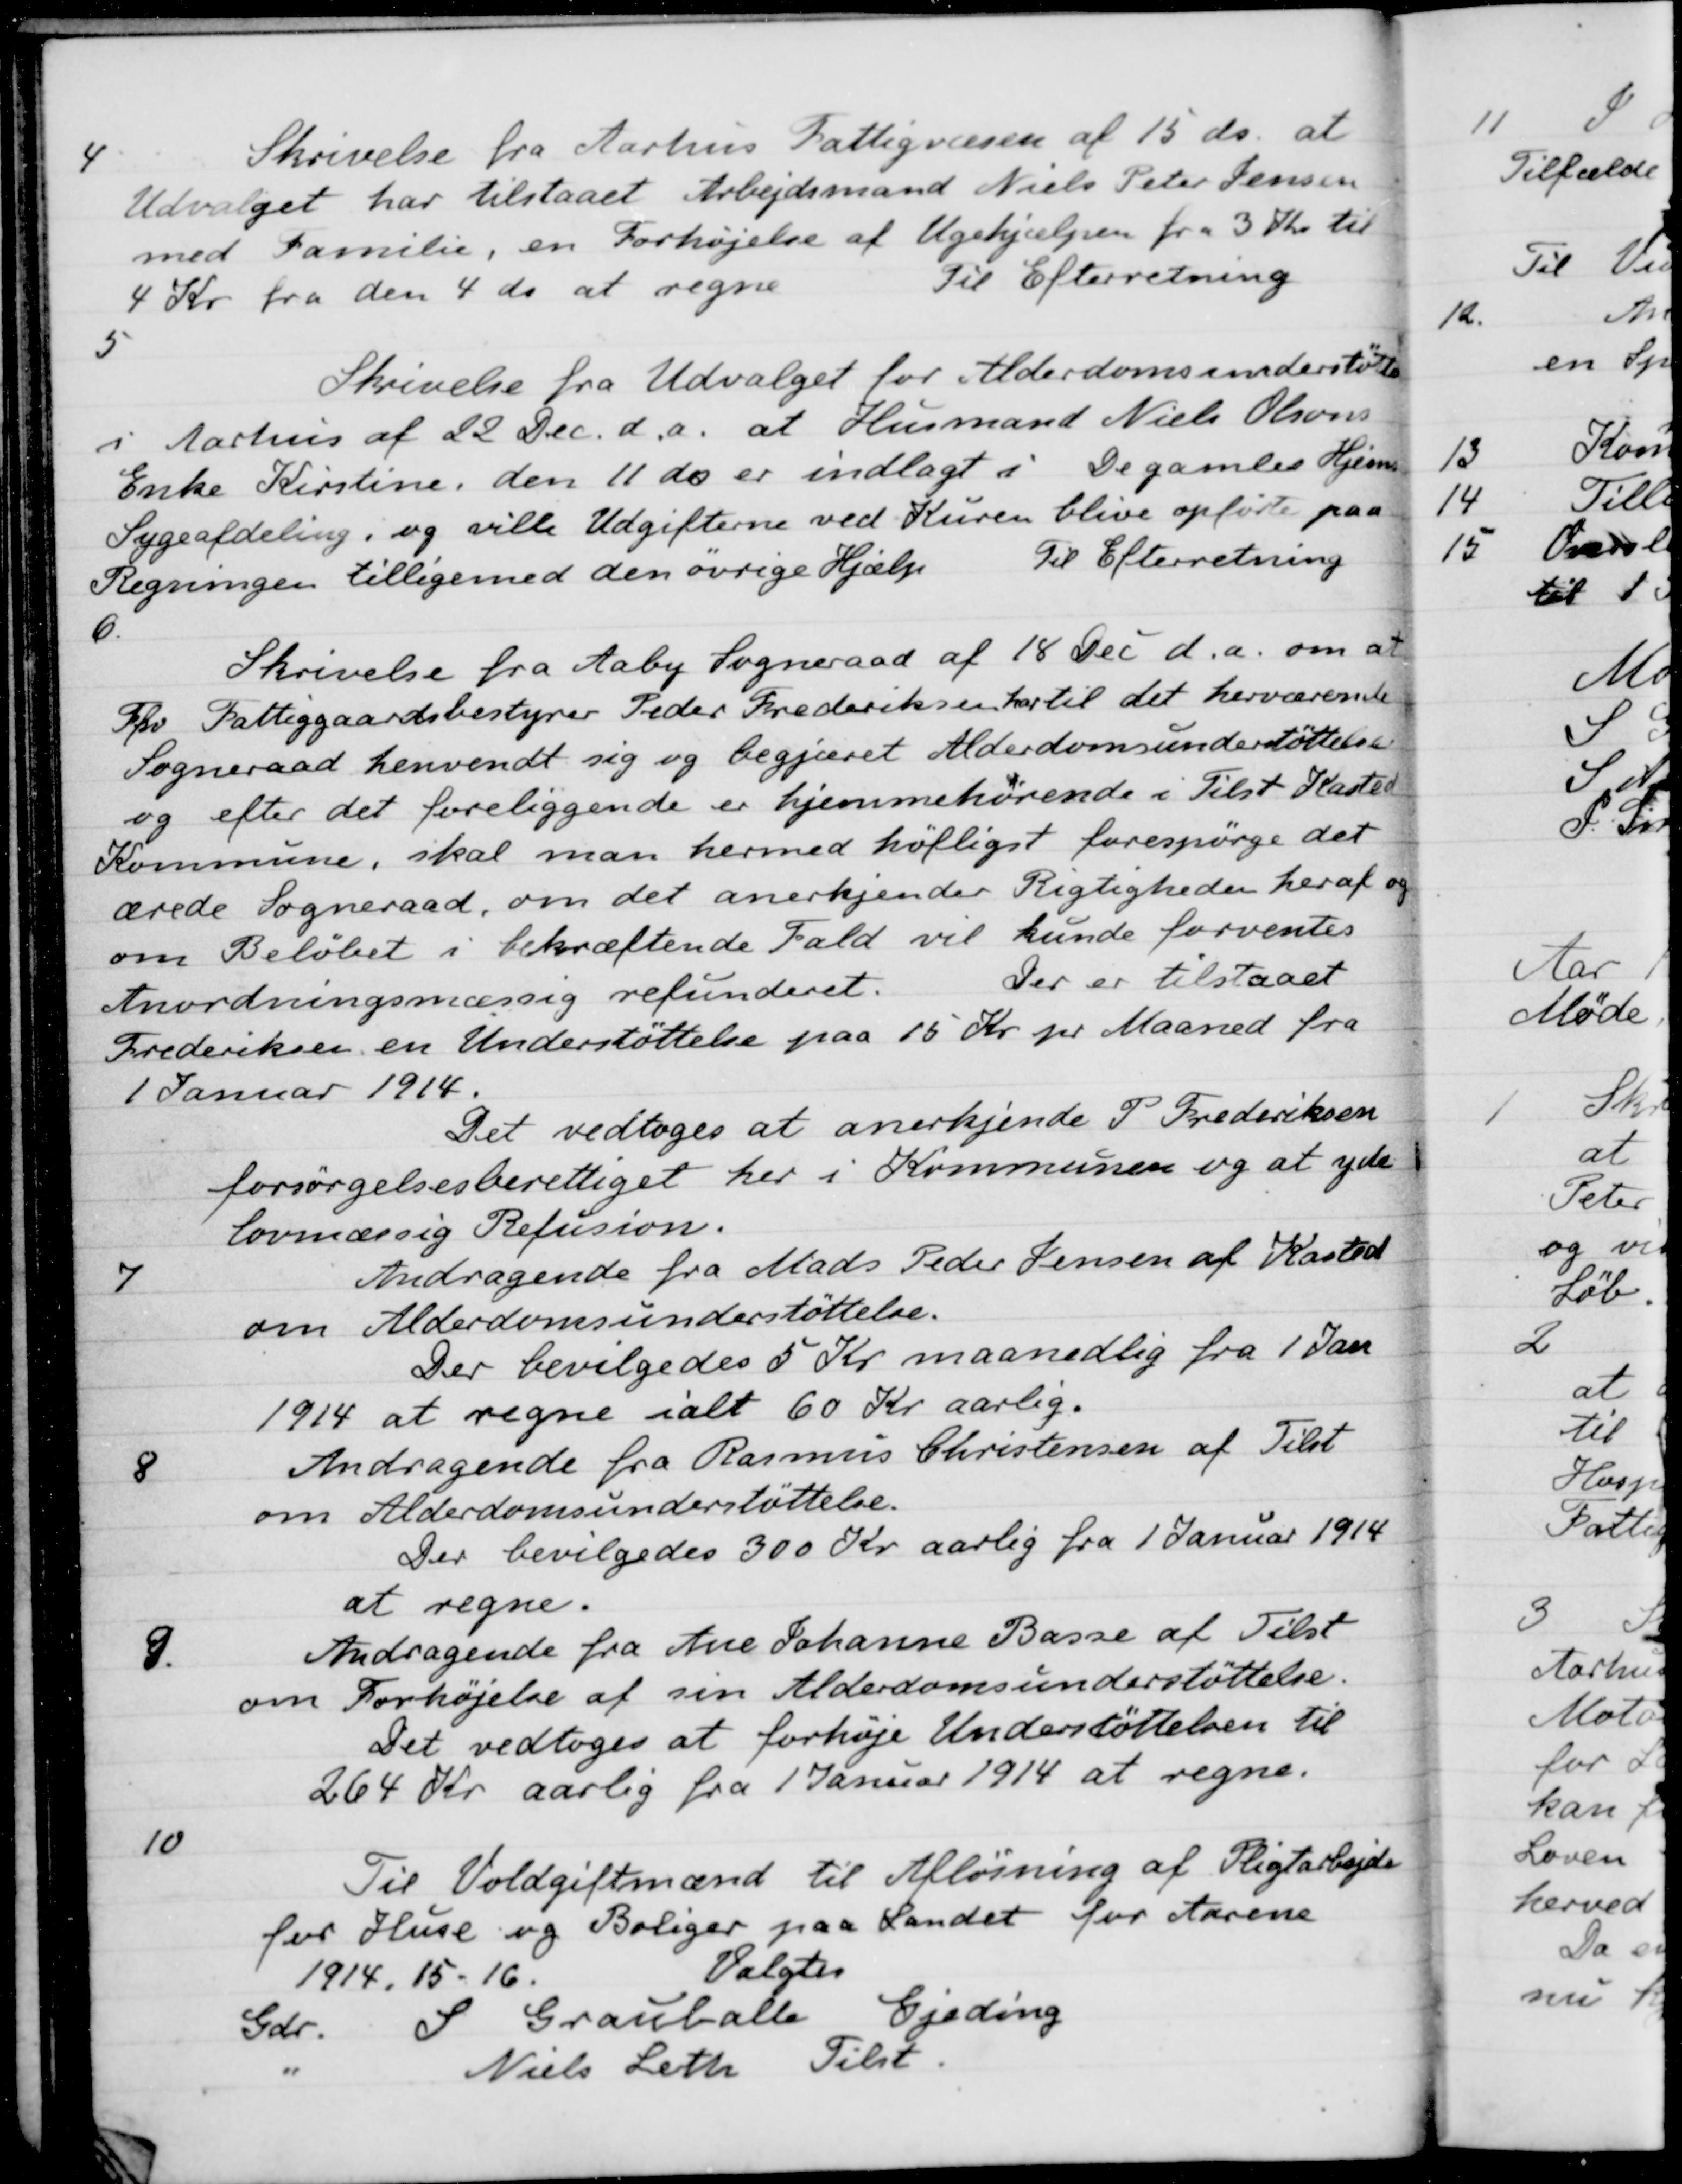
Transskription:
4
Skrivelse fra Aarhus Fattigvæsen af 15 ds. at
Udvalget har tilstaaet Arbejdsmand Niels Peter Jensen
med Familie, en Forhøjelse af Ugehjælpen fra 3 Kr. til
4 Kr. fra den 4 ds at regne
Til Efterretning
5
Skrivelse fra Udvalget for Alderdomsunderstøtte
i Aarhus af 22 Dec. d.a. at Husmand Niels Olsens
Enke Kirstine, den 11 ds er indlagt i De gamles Hjems
Sygeafdeling, og ville Udgifterne ved Kuren blive opførte paa
Regningen tilligemed den øvrige Hjælp
Til Efterretning
6.
Skrivelse fra Aaby Sogneraad af 18 Dec. d.a. om at
Fhv Fattiggaardsbestyrer Peder Frederiksen har til det herværende
Sogneraad henvendt sig og begjæret Alderdomsunderstøttelse
og efter det foreliggende er hjemmehørende i Tilst Kasted
Kommune, skal man hermed høfligst forespørge det
ærede Sogneraad, om det anerkjender Rigtigheden heraf og
om Beløbet i bekræftende Fald vil kunde forventes
Anordningsmæssig refunderet
Der er tilstaaet
Frederiksen en Understøttelse paa 15 Kr. pr Maaned fra
1 Januar 1914.
Det vedtoges at anerkjende P. Frederiksen
forsørgelsesberettiget her i Kommunen og at yde
lovmæssig Refusion.
7
Andragende fra Mads Peder Jensen af Kasted
om Alderdomsunderstøttelse.
Der bevilgedes 5 Kr maanedlig fra 1 Jan
1914 at regne ialt 60 Kr aarlig.
8
Andragende fra Rasmus Christensen af Tilst
om Alderdomsunderstøttelse.
Der bevilgedes 300 Kr aarlig fra 1 Januar 1914
at regne.
9.
Andragende fra Ane Johanne Basse af Tilst
om Forhøjelse af sin Alderdomsunderstøttelse.
Det vedtoges at forhøje Understøttelsen til
264 Kr aarlig fra 1 Januar 1914 at regne.
10
Til Voldgiftmænd til Afløsning af Pligtarbejde
for Huse og Boliger paa Landet for Aarene
1914, 15-16.
Valgtes
Gdr. S Grauballe Gjeding
Niels Leth
Tilst